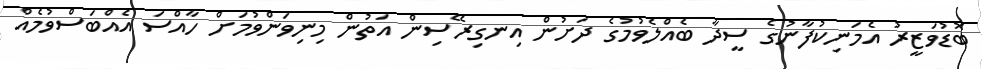
ބޮޑުވަޒީރު އެމަނިކުފާނުގެ ސީދާ ބެއްލެވުމުގެ ދަށުން އިނގިރޭސިން އަތުން މިނިވަންވުމަށް ހާއްސަ އެއްބަސްވުމެއް